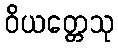
ဝိယတ္တေသု